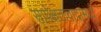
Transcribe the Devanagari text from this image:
सापेक्षतावादामध्ये